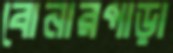
বোনারপাড়া